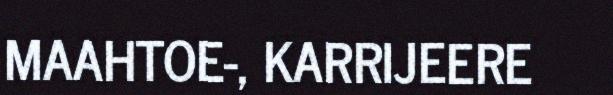
MAAHTOE-, KARRIJEERE